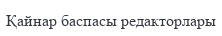
Қайнар баспасы редакторлары